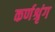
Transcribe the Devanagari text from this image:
कर्णश्रृंग